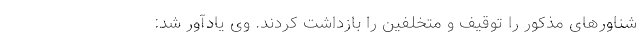
شناور‌های مذکور را توقیف و متخلفین را بازداشت کردند. وی یادآور شد: